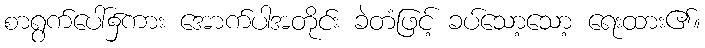
စာရွက်ပေါ်၌ကား အောက်ပါအတိုင်း ခဲတံဖြင့် ခပ်သော့သော့ ရေးထား၏။